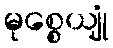
မုစ္စေယျုံ